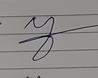
Signature authenticity: forged